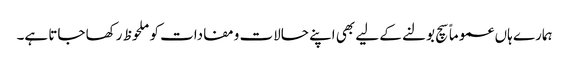
ہمارے ہاں عموماً سچ بولنے کے لیے بھی اپنے حالات ومفادات کو ملحوظ رکھا جاتا ہے۔